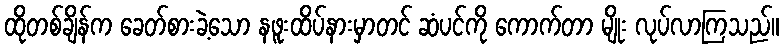
ထိုတစ်ချိန်က ခေတ်စားခဲ့သော နဖူးထိပ်နားမှာတင် ဆံပင်ကို ကောက်တာ မျိုး လုပ်လာကြသည်။